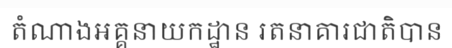
តំណាងអគ្គនាយកដ្ឋាន រតនាគារជាតិបាន